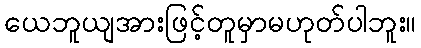
ယေဘူယျအားဖြင့်တူမှာမဟုတ်ပါဘူး။